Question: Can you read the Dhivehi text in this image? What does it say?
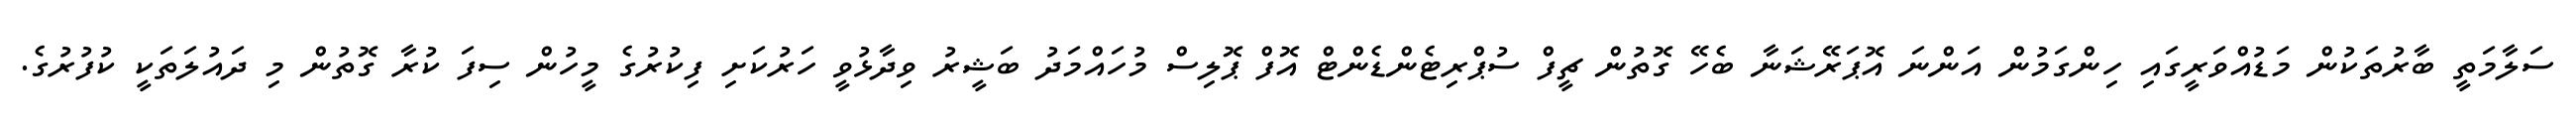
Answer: ސަލާމަތީ ބާރުތަކުން މަޑުއްވަރީގައި ހިންގަމުން އަންނަ އޮޕަރޭޝަނާ ބެހޭ ގޮތުން ޗީފް ސުޕްރިޓެންޑެންޓް އޮފް ޕޮލިސް މުހައްމަދު ބަޝީރު ވިދާޅުވީ ހަރުކަށި ފިކުރުގެ މީހުން ސިފަ ކުރާ ގޮތުން މި ދައުލަތަކީ ކުފުރުގެ.